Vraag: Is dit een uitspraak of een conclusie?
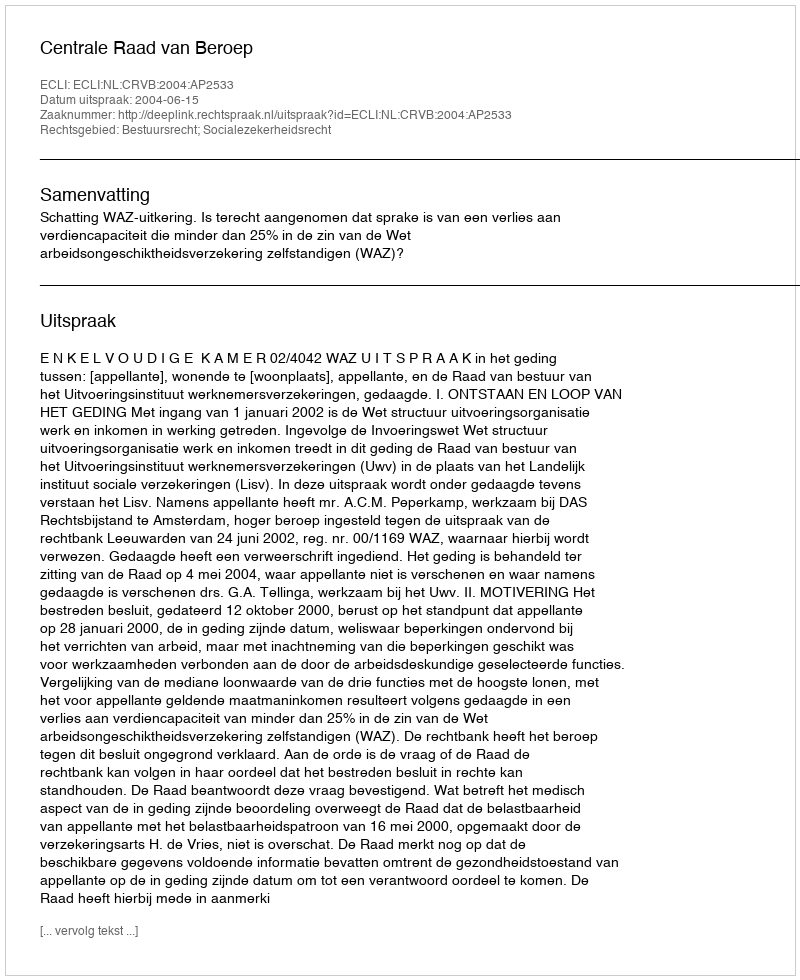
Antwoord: Uitspraak